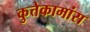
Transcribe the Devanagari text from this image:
कुत्तेकामांस